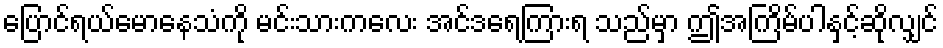
ပြောင်ရယ်မောနေသံကို မင်းသားကလေး အင်ဒရေကြားရ သည်မှာ ဤအကြိမ်ပါနှင့်ဆိုလျှင်